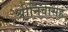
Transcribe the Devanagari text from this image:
श्रीनिवासह